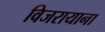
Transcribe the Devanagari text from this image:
विजरायाना